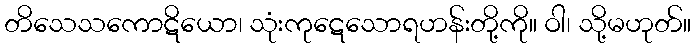
တိသေသကောဋိယော၊ သုံးကုဋေသောရဟန်းတို့ကို။ ဝါ၊ သို့မဟုတ်။